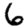
Digit: 6